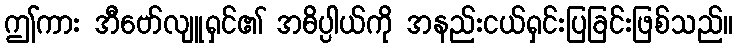
ဤကား အီဗော်လျူရှင်၏ အဓိပ္ပါယ်ကို အနည်းငယ်ရှင်းပြခြင်းဖြစ်သည်။